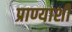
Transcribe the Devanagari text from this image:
प्राण्याशी